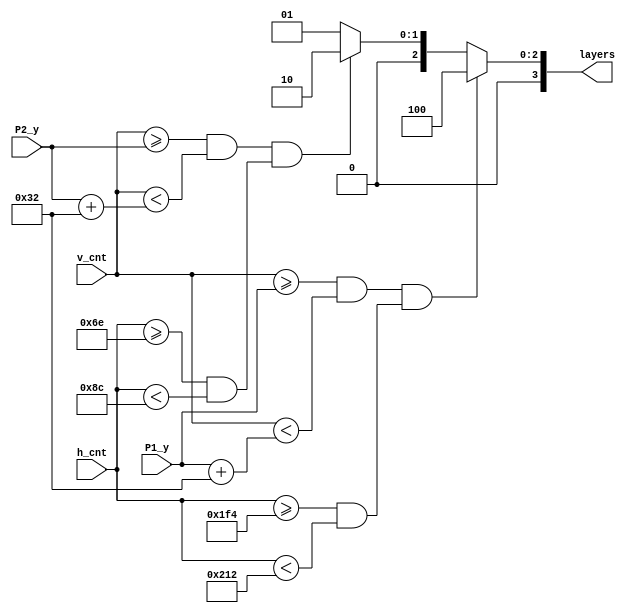
module layers_gen(
	input [9:0] h_cnt,
    input [9:0] v_cnt,
	input [11-1:1] P1_y,
	input [11-1:1] P2_y,
	output reg [4-1:0] layers
	);


	
	wire P1_v, P2_v;
	wire P1_h, P2_h;
	
	always@(*)begin
		if(P1_v && P1_h)begin
			layers = 4'b0100;   // Player and background
	    end else if(P2_v && P2_h)begin
	        layers = 4'b0010;
		end else begin
			layers = 4'b0001;	//only background
		end
	end
	
	
	assign P1_v = v_cnt >= P1_y    && v_cnt < (P1_y + 11'd50);
	assign P1_h = h_cnt >= 11'd500 && h_cnt <  11'd530;
    assign P2_v = v_cnt >= P2_y    && v_cnt < (P2_y + 11'd50);
    assign P2_h = h_cnt >= 11'd110 && h_cnt <  11'd140;	
endmodule